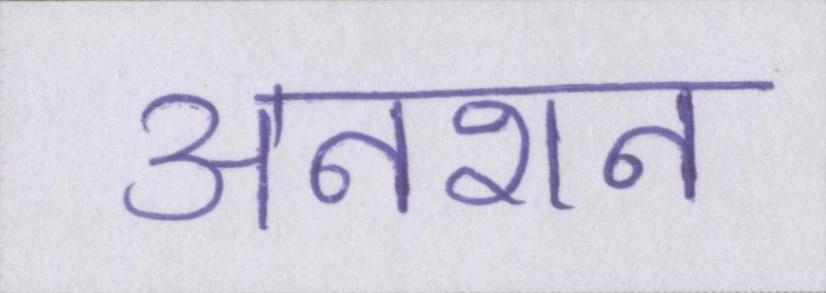
अनशन